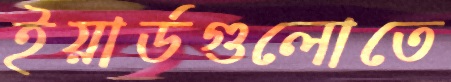
ইয়ার্ডগুলোতে